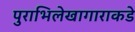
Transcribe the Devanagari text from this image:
पुराभिलेखागाराकडे